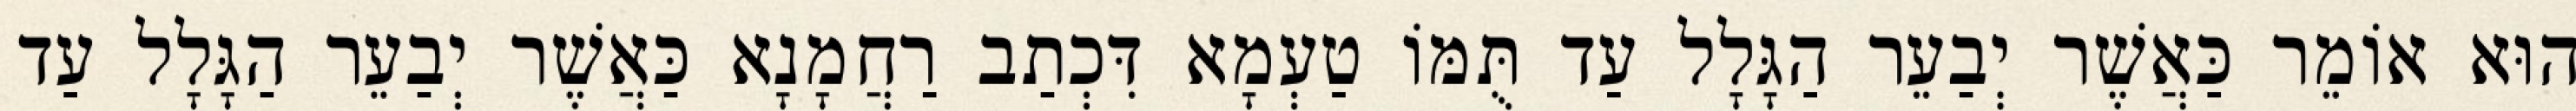
הוּא אוֹמֵר כַּאֲשֶׁר יְבַעֵר הַגָּלָל עַד תֻּמּוֹ טַעְמָא דִּכְתַב רַחֲמָנָא כַּאֲשֶׁר יְבַעֵר הַגָּלָל עַד